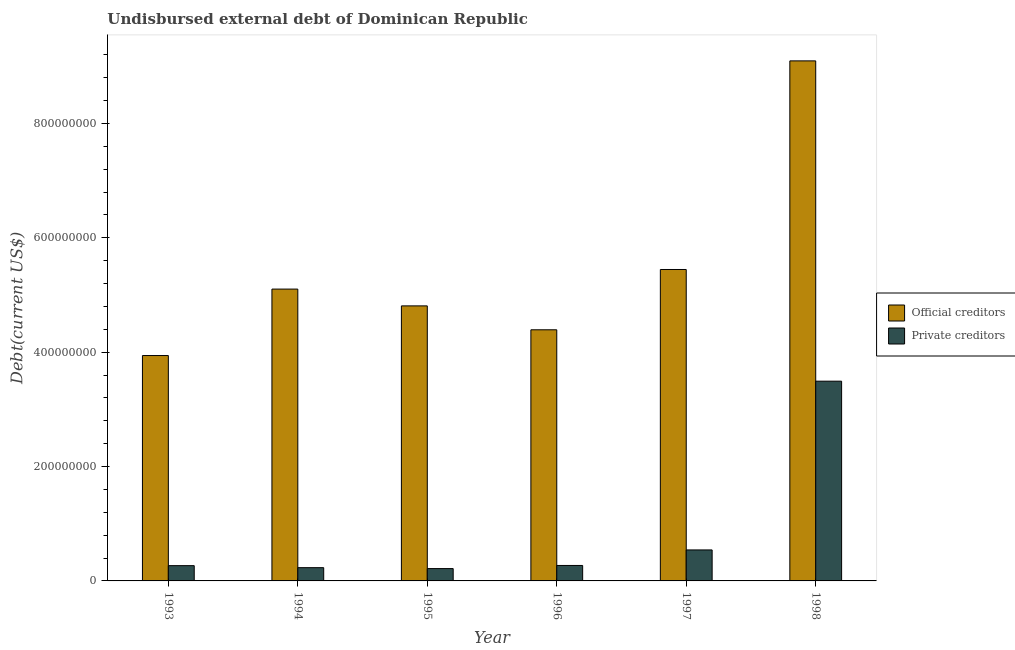
| Year | Official creditors | Private creditors |
 | --- | --- | --- |
 | 1993 | 3.94e+08 | 2.67e+07 |
 | 1994 | 5.1e+08 | 2.32e+07 |
 | 1995 | 4.81e+08 | 2.16e+07 |
 | 1996 | 4.39e+08 | 2.7e+07 |
 | 1997 | 5.45e+08 | 5.42e+07 |
 | 1998 | 9.09e+08 | 3.49e+08 |